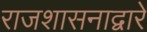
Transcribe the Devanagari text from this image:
राजशासनाद्वारे